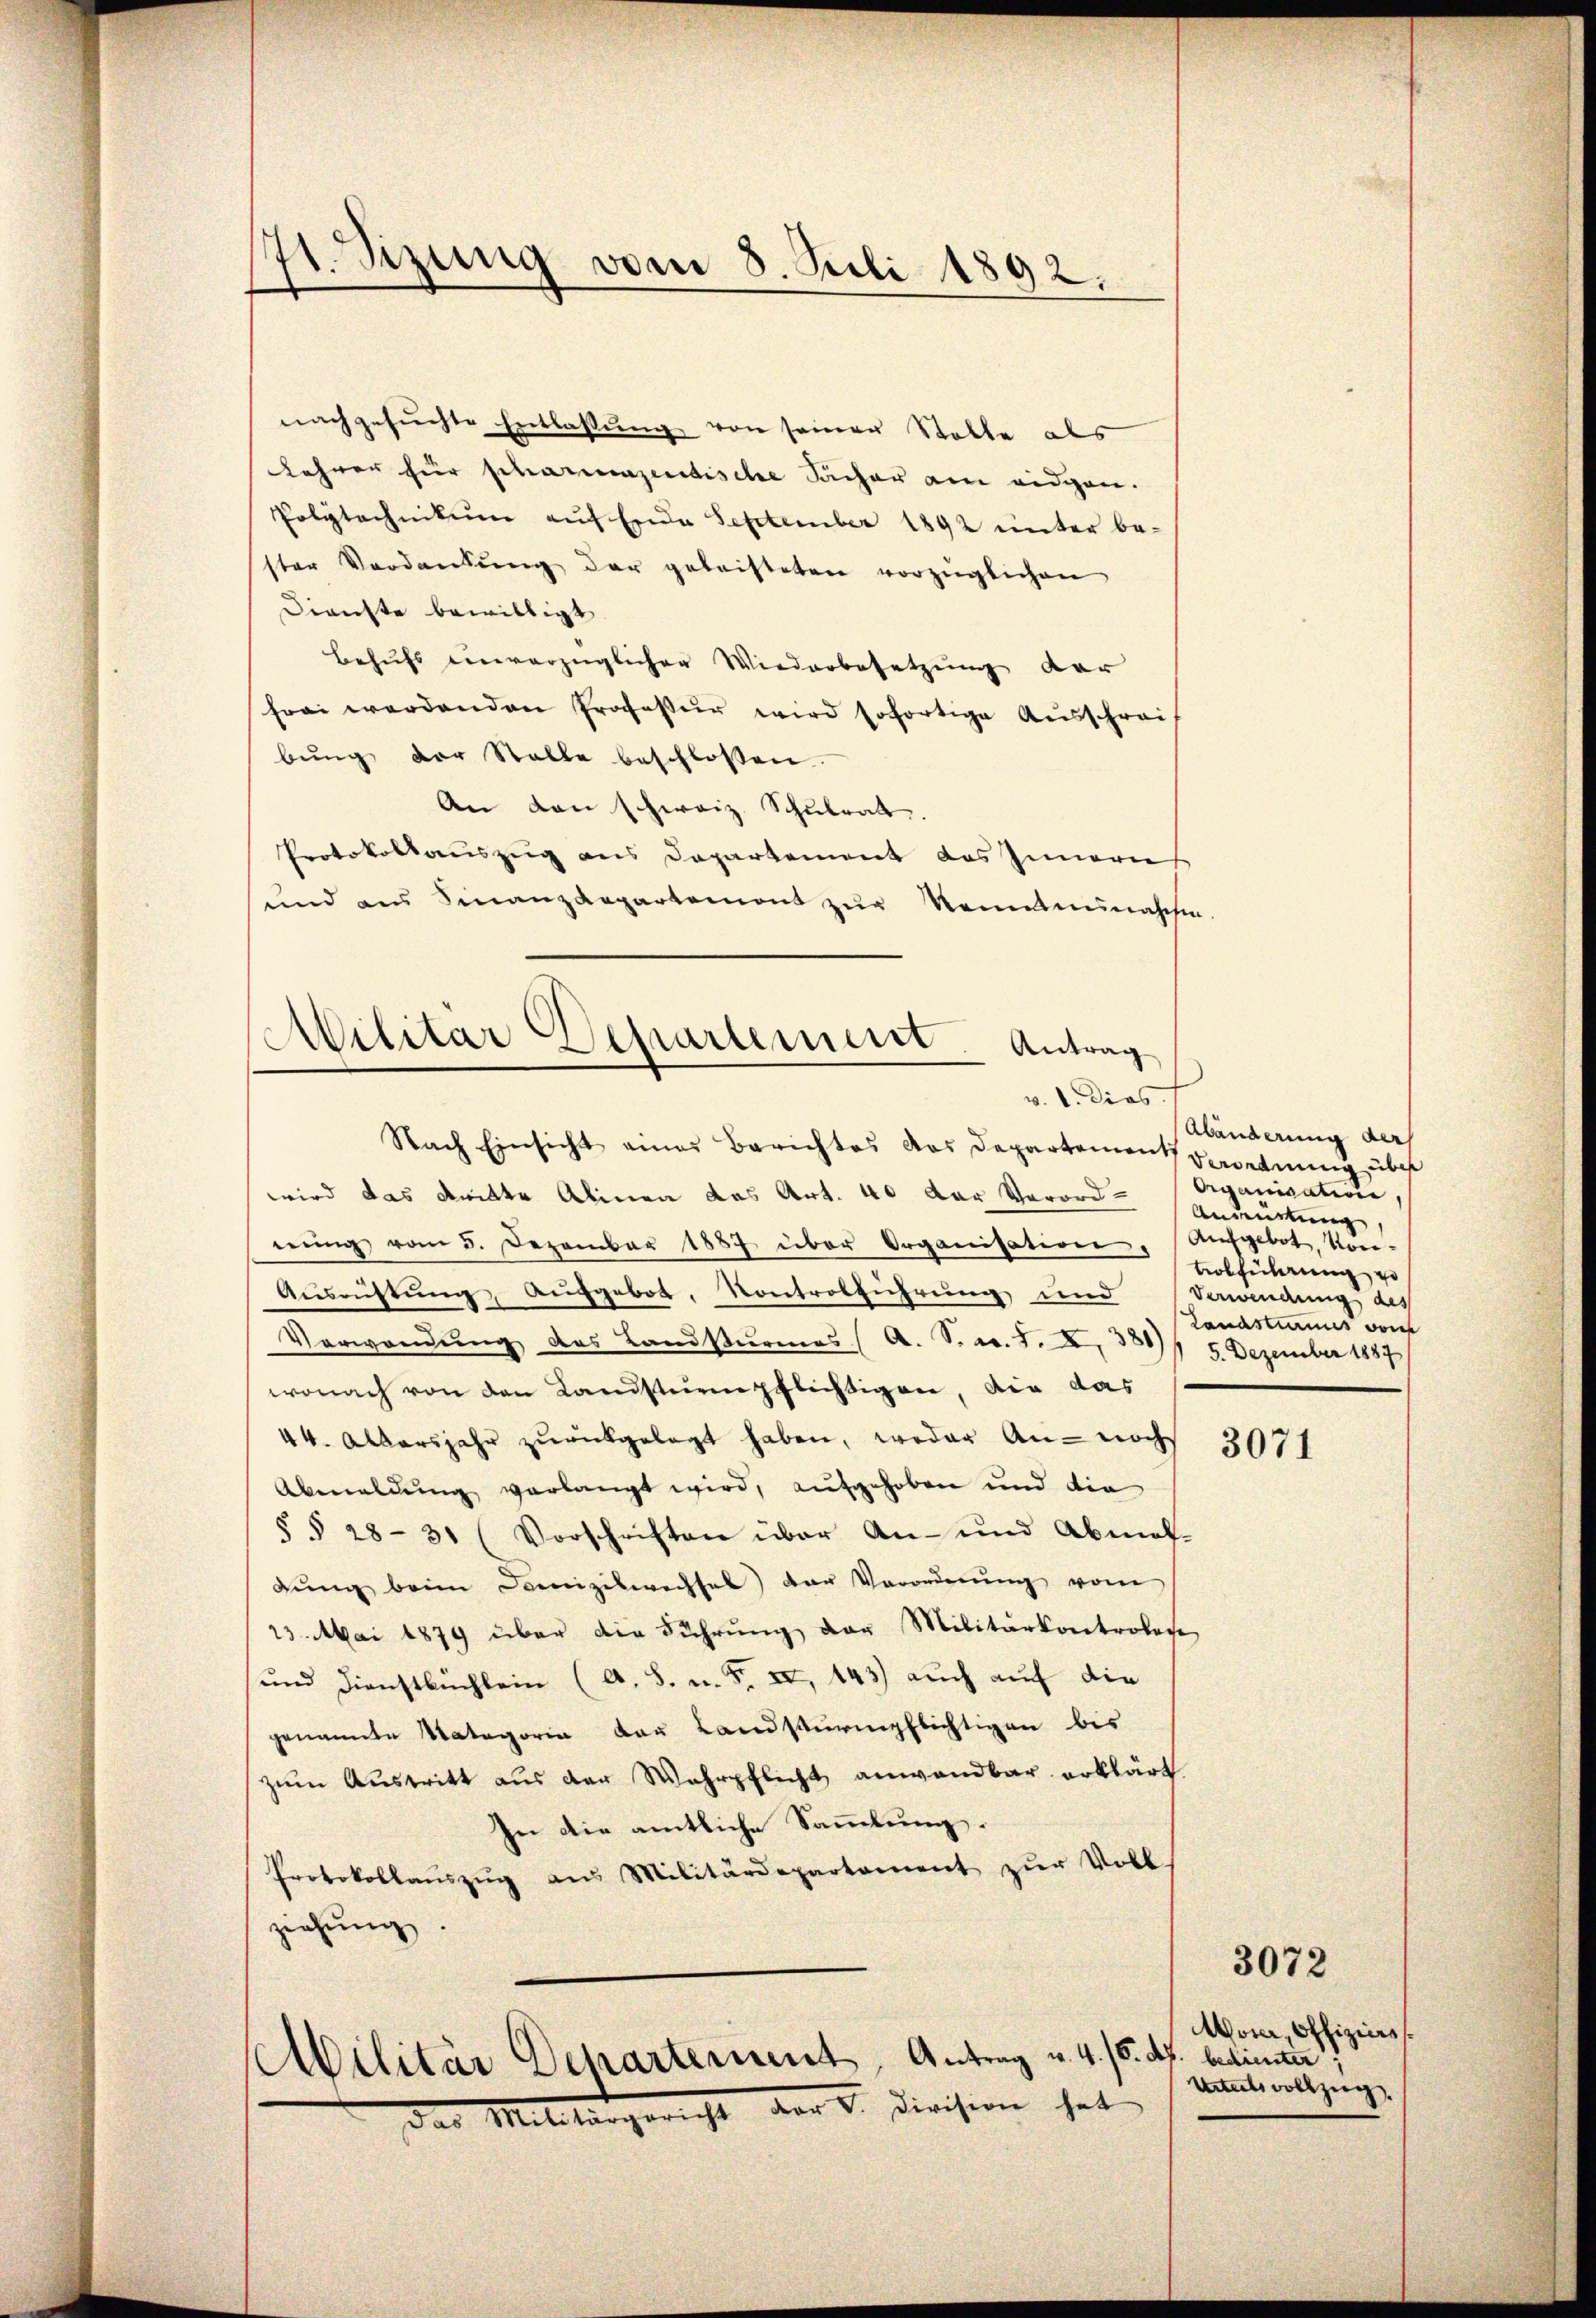
71. Sizung vom 8. Juli 1892.

nachgesŭchte Entlassŭng von seiner Stalle als
Lehrer für schartementische Sacher am eidgen.
Polytechnikum auf Ende September 1892 unter be-
ster Verdankŭng der geleisteten vorzüglichen
Dienste bewilligt.
Behufs einverzüglicher Wiederbesetzung der
frei werdenden Professur wird sofortige Ausschrei-
bŭng der Stalle beschlossen
An den schweiz. Schulrat.
Protokollauszug aus Departement des Innern
und aus Finanzdepartemont zŭr Kommunaschen.
Militar Departement. Antrag

v. 1. Dies

Nach Einsicht eines Berichtes das Departements
wird das dritte Alinea das Art. 40 der Verord- Organisation
nŭng vom 5. Dezember 1887 über Organisation, Aufgebot, kön¬
Ausrüstung, Aufgebot, Kontrolführung und Verwendung des
Verwendŭng des Landsturmes (A. S. Nr. 8. X. 380 / 5. Dezember 1887
wonach von den Landsturmpflichtigen, die das
44. Albersjahr zŭrückgelegt haben, weder An- noch 3071
Abmeldŭng verlangt wird, aufgehoben und die
§§ 28-31 (Vorschriften über An- und Abmaß-
dŭng beim Domizilwechsel der Verordnŭng vom
23. Mai 1879 über die Führung der Militärkontrolose
und Dienstbüchlein (A. S. u. F. II, 143) auch auf die
genannte Matagorin der Landsturmpflichtigen bis
zum Austritt aus der Wahrpflicht anwandbar erklärt
In die amtliche Sammlung.
Protokollaŭszŭg aŭs Militärdepartament zŭr Voll-
ziehŭng.
bilitär Departement, Antrag u. 4. 15. ds. beginnen;
das Militärgericht der 5. Division hat

Abänderung der
Verordnung über
Andeutung
tolführung vo
Landsturmes von

Wom, offiziere.
Urteils vollzug.

3072